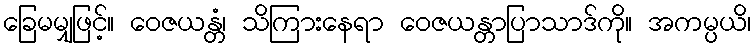
ခြေမမျှဖြင့်။ ဝေဇယန္တံ၊ သိကြားနေရာ ဝေဇယန္တာပြာသာဒ်ကို။ အကမ္ပယိ၊